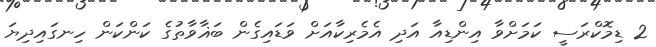
2 ޑިމޮކްރަސީ ކަމަށްވާ އިންޑިއާ އަދި އެމެރިކާއަށް ވަޑައިގެން ބަޣާވާތުގެ ކަންކަން ހިނގައިދިޔަ